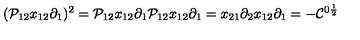
( { \cal P } _ { 1 2 } x _ { 1 2 } \partial _ { 1 } ) ^ { 2 } = { \cal P } _ { 1 2 } x _ { 1 2 } \partial _ { 1 } { \cal P } _ { 1 2 } x _ { 1 2 } \partial _ { 1 } = x _ { 2 1 } \partial _ { 2 } x _ { 1 2 } \partial _ { 1 } = - { \cal C } ^ { 0 \frac { 1 } { 2 } }